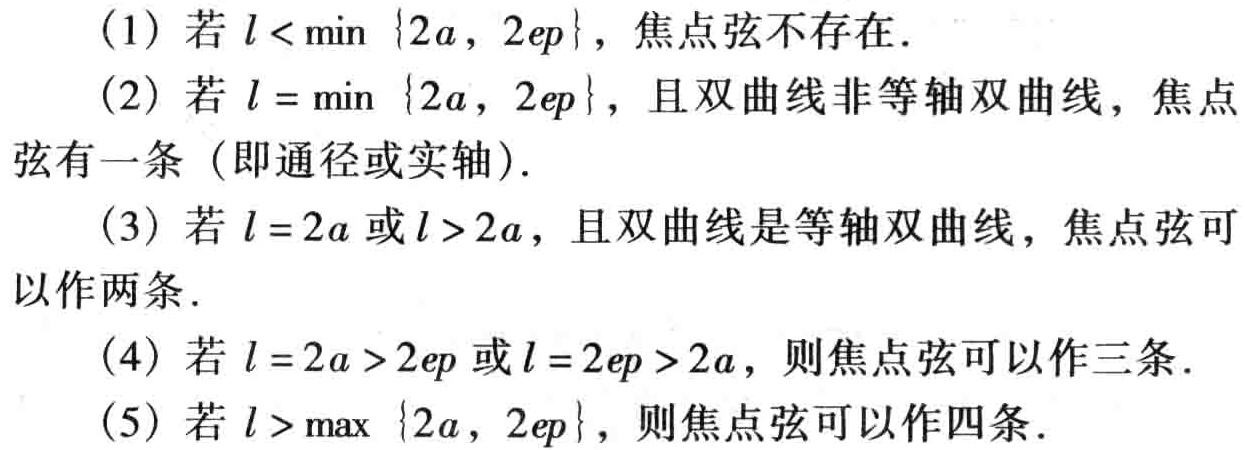
(1) 若 \(l < \min\{2a, 2ep\}\)，焦点弦不存在.
(2) 若 \(l = \min\{2a, 2ep\}\)，且双曲线非等轴双曲线，焦点弦有一条（即通径或实轴）.
(3) 若 \(l = 2a\) 或 \(l>2a\)，且双曲线是等轴双曲线，焦点弦可以作两条.
(4) 若 \(l = 2a>2ep\) 或 \(l = 2ep>2a\)，则焦点弦可以作三条.
(5) 若 \(l > \max\{2a, 2ep\}\)，则焦点弦可以作四条.